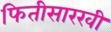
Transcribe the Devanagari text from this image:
फितीसारखी